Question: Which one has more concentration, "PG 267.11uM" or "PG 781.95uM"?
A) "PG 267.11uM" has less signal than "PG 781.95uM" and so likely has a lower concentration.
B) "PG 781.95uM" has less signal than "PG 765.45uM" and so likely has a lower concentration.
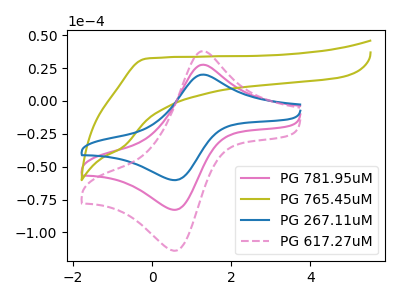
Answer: <think>The pink curve "PG 781.95uM" has an anodic peak at (1.25V, 27.55uA) and a cathodic peak at (0.60V, -82.70uA). The olive curve "PG 765.45uM" has no peaks. The blue curve "PG 267.11uM" has an anodic peak at (1.25V, 20.00uA) and a cathodic peak at (0.60V, -60.15uA). The pink dashed curve "PG 617.27uM" has an anodic peak at (1.25V, 55.05uA) and a cathodic peak at (0.60V, -165.40uA).
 All the peaks in "PG 267.11uM" have a peak in "PG 781.95uM" at the same potential. Every peak in "PG 267.11uM" is lower than every peak in "PG 781.95uM".</think>
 <answer>A) "PG 267.11uM" has less signal than "PG 781.95uM" and so likely has a lower concentration.</answer>
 <eval>A</eval>